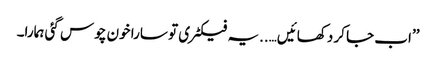
’’اب جا کر دکھائیں…..یہ فیکٹری تو سارا خون چوس گئی ہمارا۔